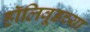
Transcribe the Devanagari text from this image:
हॉलिवूडच्या